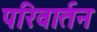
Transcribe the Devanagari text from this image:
परिवार्तन